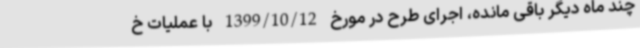
چند ماه دیگر باقی مانده، اجرای طرح در مورخ 1399/10/12 با عملیات خ